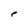
Character: e